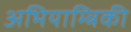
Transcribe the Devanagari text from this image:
अभियाम्त्रिकी